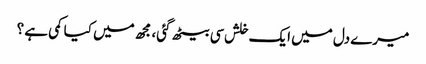
میرے دل میں ایک خلش سی بیٹھ گئی، مجھ میں کیا کمی ہے ؟